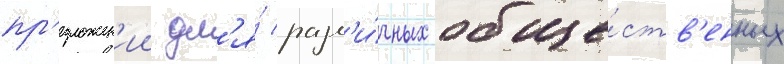
пр'едложен'ии дл'я́ разл'и́чных обще́ств'енных